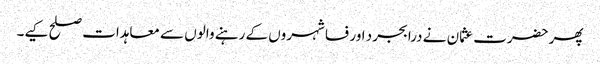
پھر حضرت عثمان نے درابجرد اور فسا شہروں کے رہنے والوں سے معاہدات صلح کیے۔